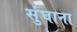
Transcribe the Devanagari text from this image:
सुंघाना